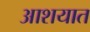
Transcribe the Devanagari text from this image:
आशयात